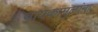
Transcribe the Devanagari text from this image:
बायकामुलांना